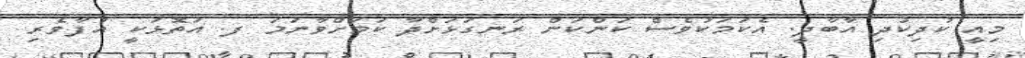
މިއީ ކުދިކުދި އާބާދީ. އެކަމަކުވެސް ކަންކަން ރަނގަޅަށްދާ ކަމަށްވާނަމަ ފ. އަތޮޅަކީ އުފާވެރި